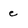
Character: e